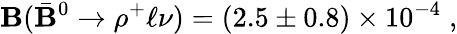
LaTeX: {\cal\mathbf{B}}(\bar{{\mathbf{B}}}^{0}\to\rho^{+}\ell\nu)=(2.5\pm0.8)\times10^{-4}\; ,